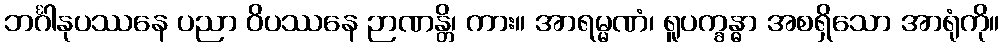
ဘင်္ဂါနုပဿနေ ပညာ ဝိပဿနေ ဉာဏန္တိ၊ ကား။ အာရမ္မဏံ၊ ရူပက္ခန္ဓာ အစရှိသော အာရုံကို။